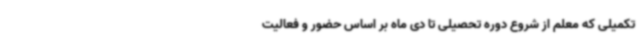
تکمیلی که معلم از شروع دوره تحصیلی تا دی ماه بر اساس حضور و فعالیت